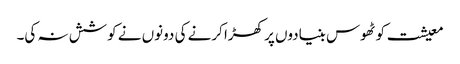
معیشت کو ٹھوس بنیادوں پر کھڑا کرنے کی دونوں نے کوشش نہ کی۔